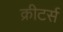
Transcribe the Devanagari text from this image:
क्रीटर्स